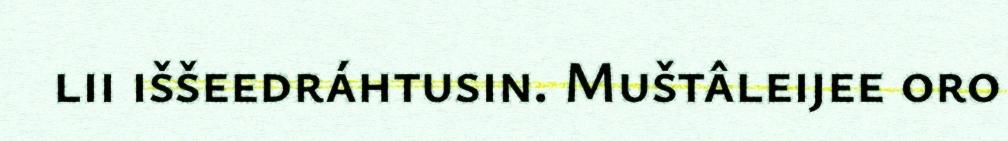
lii iššeedráhtusin. Muštâleijee oro